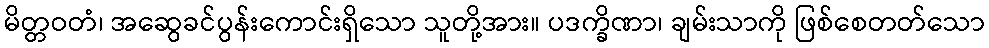
မိတ္တဝတံ၊ အဆွေခင်ပွန်းကောင်းရှိသော သူတို့အား။ ပဒက္ခိဏာ၊ ချမ်းသာကို ဖြစ်စေတတ်သော